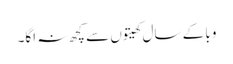
وبا کے سال کھیتوں سے کچھ نہ اگا۔